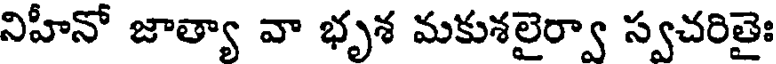
నిహీనో జాత్యా వా భృశ మకుశలైర్వా స్వచరితైః